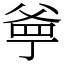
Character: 㸘